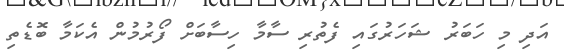
އަދި މި ހަބަރު ޝަހަރުގައި ފެތުރި ސާމާ ހިސާބަށް ފޯރުމުން އެކަމާ ބޮޑެތި